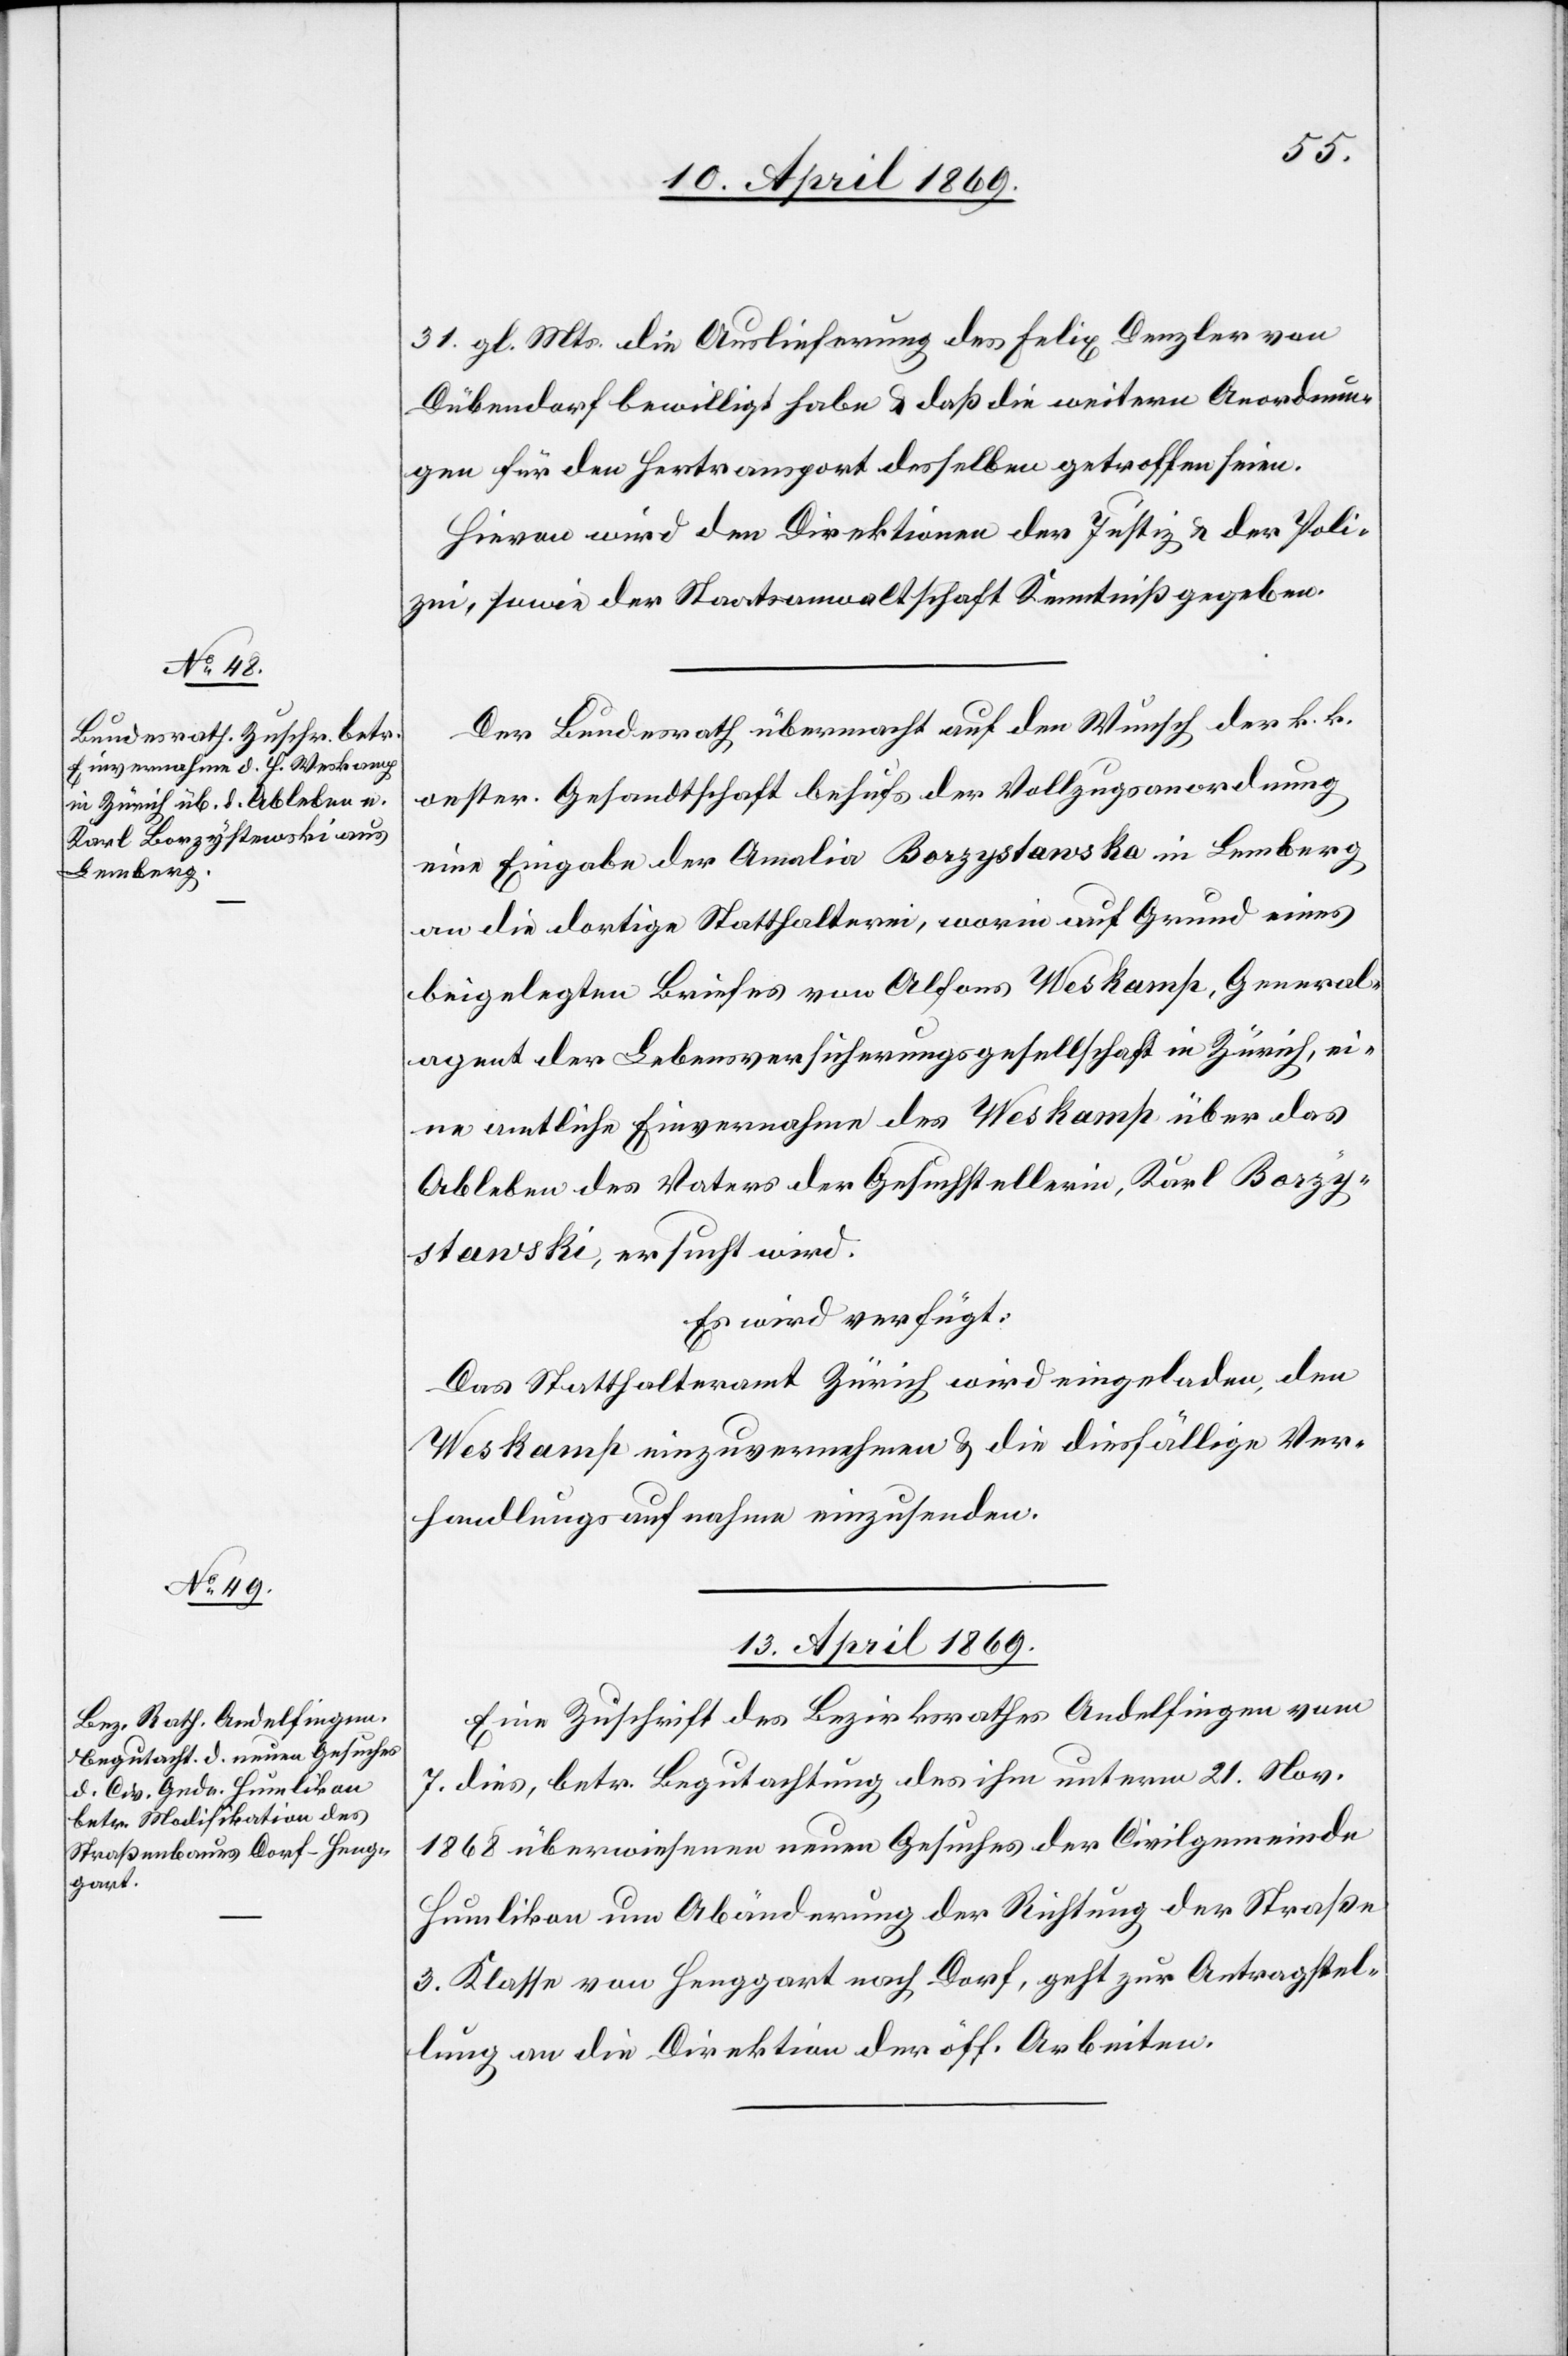
31. gl. Mts. die Auslieferung des Felix Denzler von
Dübendorf bewilligt habe u. daß die weitern Anordnun¬
gen für den Hertransport desselben getroffen seien.
Hievon wir den Direktion der Justiz u. der Poli¬
zei, sowie der Staatsanwaltschaft Kenntniß gegeben.
Der Bundesrath übermacht auf den Wunsch der k. k.
oester. Gesandtschaft behufs der Vollzugsanordnung
eine Eingabe der Amalia Borzystanska in Lemberg
an die dortige Statthalterin, worin auf Grund eines
beigelegten Briefes von Alfons Weskamp, General¬
agent der Lebensversicherungsgesellschaft in Zürich, ei¬
ne amtliche Einvernahme des Weskamp über das
Ableben des Vaters der Gesuchstellerin, Karl Borzy¬
stanski, ersucht wird.
Es wird verfügt:
Weskamp einzuvernehmen u. die diesfällige Ver¬
handlungsaufnahme einzusenden.
13. April 1869.
Eine Zuschrift des Bezirksrathes Andelfingen vom
7. dies, betr. Begutachtung des ihm unterm 21. Nov.
1868 überwiesenen neuen Gesuches der Civilgemeinde
Humlikon um Abänderung der Richtung der Straße
3. Klasse von Henggart nach Dorf, geht zur Antragstel¬
lung an die Direktion der öff. Arbeiten.